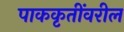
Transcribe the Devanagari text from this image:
पाककृतींवरील